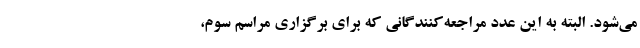
می‌شود. البته به این عدد مراجعه‌کنندگانی که برای برگزاری مراسم سوم،